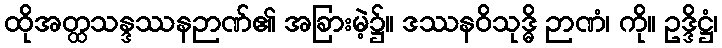
ထိုအတ္ထသန္ဒဿနဉာဏ်၏ အခြားမဲ့၌။ ဒဿနဝိသုဒ္ဓိ ဉာဏံ၊ ကို။ ဥဒ္ဒိဋ္ဌံ၊